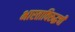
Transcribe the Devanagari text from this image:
भारताविरुद्धची